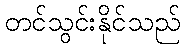
တင်သွင်းနိုင်သည်